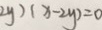
2 y ) ( x - 2 y ) = 0